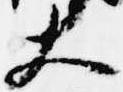
大